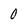
Character: 0